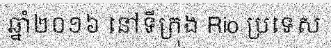
ឆ្នាំ២០១៦ នៅទីក្រុង Rio ប្រទេស